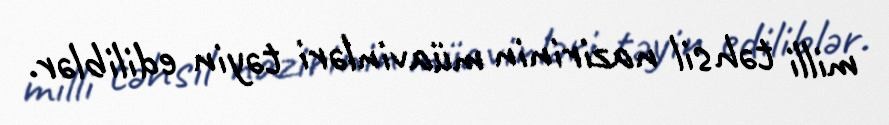
milli təhsil nazirinin müavinləri təyin ediliblər.